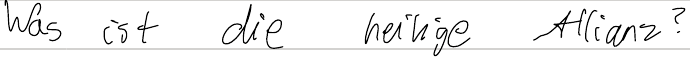
Was ist die heilige Allianz?